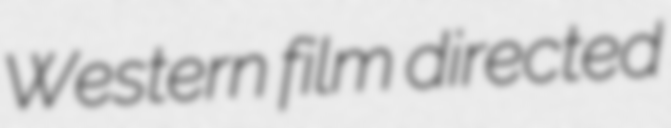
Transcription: Western film directed